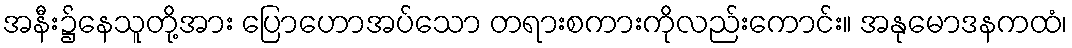
အနီး၌နေသူတို့အား ပြောဟောအပ်သော တရားစကားကိုလည်းကောင်း။ အနုမောဒနကထံ၊